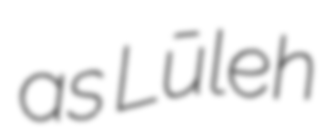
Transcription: as Lūleh